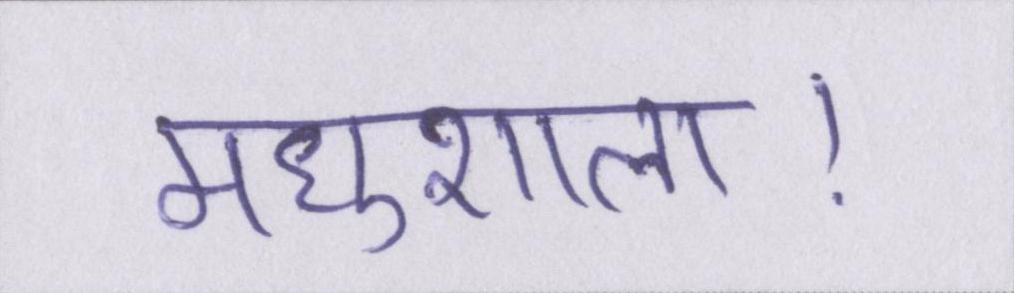
मधुशाला।